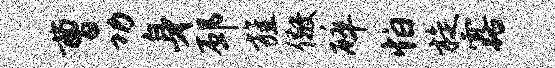
曹功身邳旌儆碎怕旋露